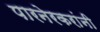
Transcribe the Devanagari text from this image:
पारनेरकरांनी